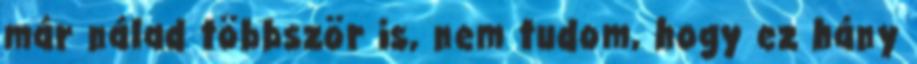
már nálad többször is, nem tudom, hogy ez hány